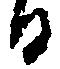
日